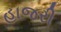
હાજરી